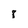
Character: 8